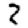
Digit: 2